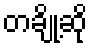
တချို့ဆို